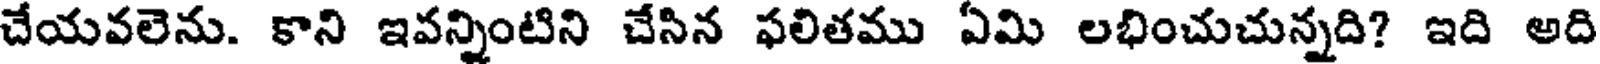
చేయవలెను. కాని ఇవన్నింటిని చేసిన ఫలితము ఏమి లభించుచున్నది? ఇది అది